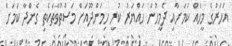
އަހަރުގެ މީހެއް ކަމަށާއި ދެމީހުން ހައްޔަރު ކުރީ ހިމަންދޫއަށް މަސްތުވާތަކެތި ގެންދާ ކަމަށް